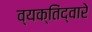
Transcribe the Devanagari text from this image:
व्यक्तिंद्वारे